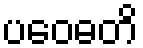
ပဝေဓတိ